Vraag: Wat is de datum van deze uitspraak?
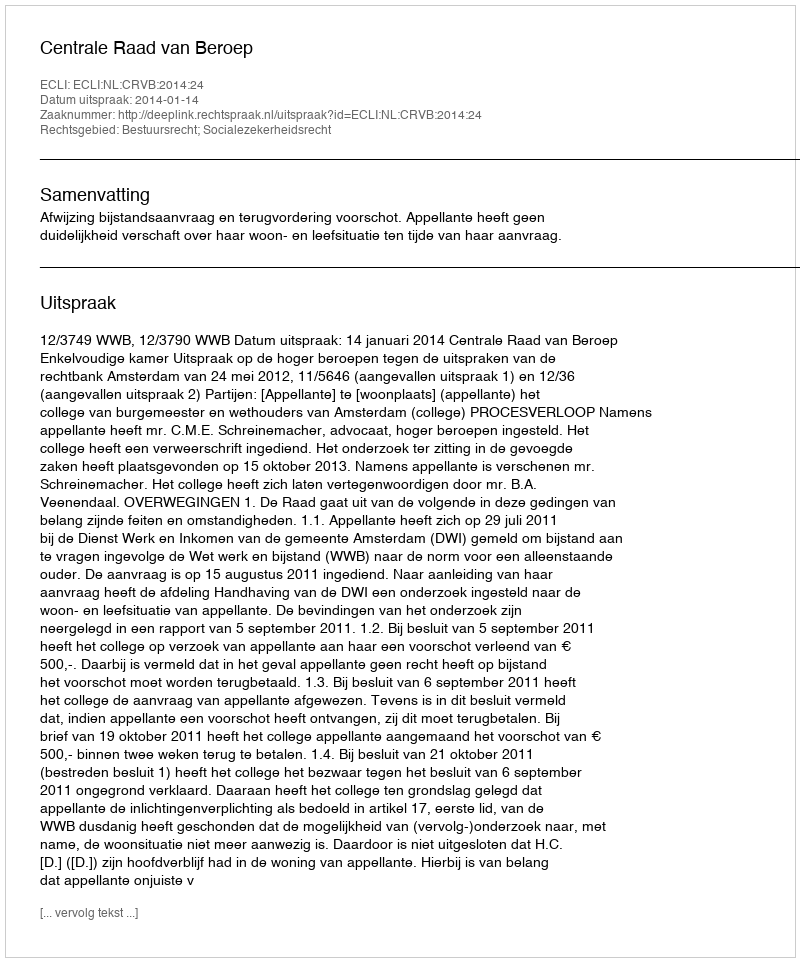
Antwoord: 2014-01-14